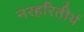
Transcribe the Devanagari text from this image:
नरहरितीर्थ